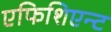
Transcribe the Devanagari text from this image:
एफिशिएन्ट